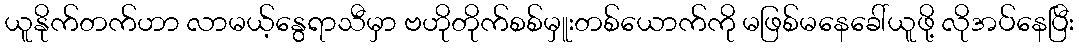
ယူနိုက်တက်ဟာ လာမယ့်နွေရာသီမှာ ဗဟိုတိုက်စစ်မှူးတစ်ယောက်ကို မဖြစ်မနေခေါ်ယူဖို့ လိုအပ်နေပြီး